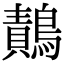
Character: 𪄸